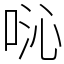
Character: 𫪍